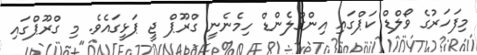
މިފަހަރުގެ ވޯލްޑް ކަޕްގައި އިންގްލެންޑް ހިމެނެނީ ގްރޫޕް ޖީ ޕަޅީގައެވެ. މި ގްރޫޕްގައި